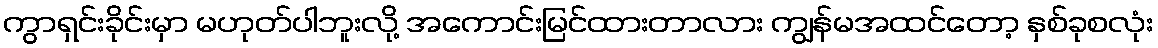
ကွာရှင်းခိုင်းမှာ မဟုတ်ပါဘူးလို့ အကောင်းမြင်ထားတာလား ကျွန်မအထင်တော့ နှစ်ခုစလုံး